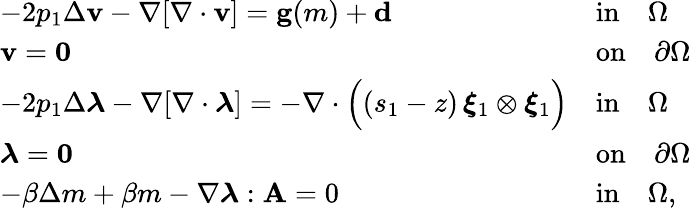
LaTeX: \begin{array}{ll}{-2p_{1}\Delta\mathbf{v}-\nabla[\nabla\cdot\mathbf{v}]=\mathbf{g}(m)+\mathbf{d}}&{\textrm{in}\quad\Omega}\\ {\mathbf{v}=\mathbf{0}}&{\textrm{on}\quad\partial\Omega}\\ {-2p_{1}\Delta\boldsymbol{\lambda}-\nabla[\nabla\cdot\boldsymbol{\lambda}]=-\nabla\cdot\Big((s_{1}-z)\, \boldsymbol{\xi}_{1}\otimes\boldsymbol{\xi}_{1}\Big)}&{\textrm{in}\quad\Omega}\\ {\boldsymbol{\lambda}=\mathbf{0}}&{\textrm{on}\quad\partial\Omega}\\ {-\beta\Delta m+\beta m-\nabla\boldsymbol{\lambda}:\mathbf{A}=0}&{\textrm{in}\quad\Omega,}\end{array}